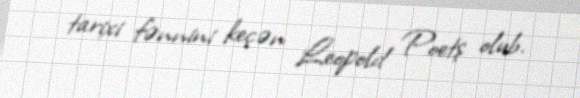
tarixi fənnini keçən Leopold Poetş olub.